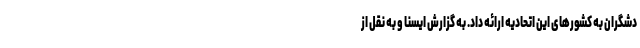
دشگران به کشورهای این اتحادیه ارائه داد. به گزارش ایسنا و به نقل از